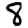
Digit: 8